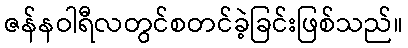
ဇန်နဝါရီလတွင်စတင်ခဲ့ခြင်းဖြစ်သည်။